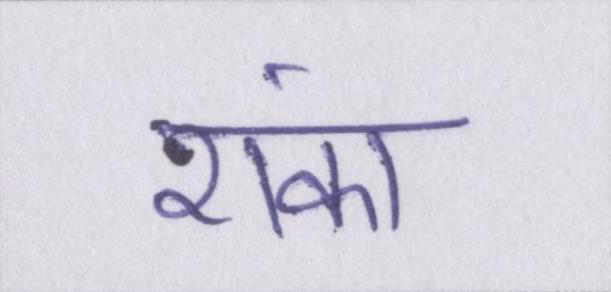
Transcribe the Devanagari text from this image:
शंका